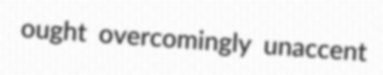
ought overcomingly unaccent